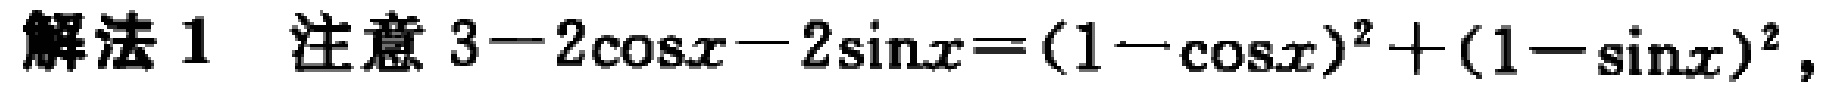
解法 1 注意 \(3 - 2\cos x - 2\sin x=(1 - \cos x)^2+(1 - \sin x)^2\)，